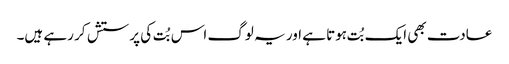
عادت بھی ایک بُت ہوتا ہے اور یہ لوگ اس بُت کی پرستش کر رہے ہیں۔